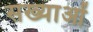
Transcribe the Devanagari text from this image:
सख्याओं